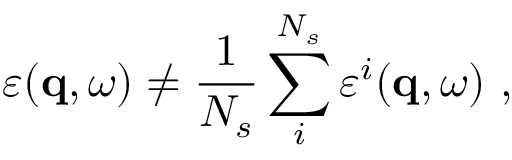
\varepsilon ( \mathbf { q } , \omega ) \neq \frac { 1 } { N _ { s } } \sum _ { i } ^ { N _ { s } } \varepsilon ^ { i } ( \mathbf { q } , \omega ) \ ,